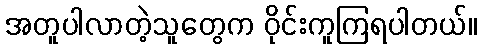
အတူပါလာတဲ့သူတွေက ဝိုင်းကူကြရပါတယ်။